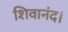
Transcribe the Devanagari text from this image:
शिवानंद।